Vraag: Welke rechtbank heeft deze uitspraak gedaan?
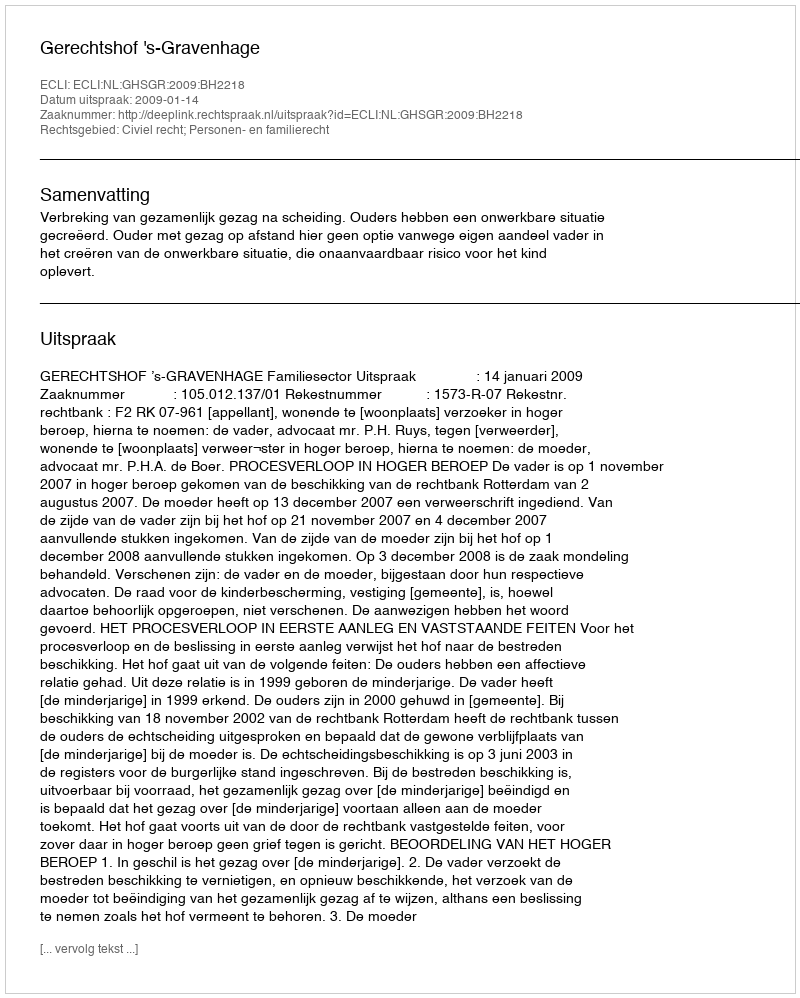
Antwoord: Gerechtshof 's-Gravenhage